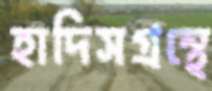
হাদিসগ্রন্থে